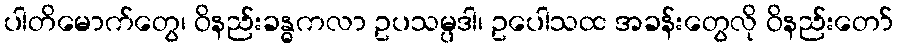
ပါတိမောက်တွေ၊ ဝိနည်းခန္ဓကလာ ဥပသမ္ပဒါ၊ ဥပေါသထ အခန်းတွေလို ဝိနည်းတော်